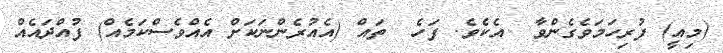
(މިއީ) ފުރިހަމަވެގެންވާ  އެކެވެ. ފަހެ  ތައް (އެއުރެންނަކަށް އެއްވެސްކަމެއް) ފުއްދައެއް